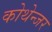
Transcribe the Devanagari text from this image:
कोथेन्जर